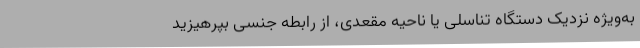
به‌ویژه نزدیک دستگاه تناسلی یا ناحیه مقعدی، از رابطه جنسی بپرهیزید